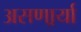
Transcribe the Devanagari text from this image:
असणार्र्या